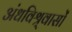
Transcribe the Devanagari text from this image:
अंधविश्र्वासों